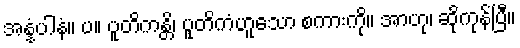
အန္နံပါနံ။ ပ။ ပူတိကန္တိ၊ ပူတိကံဟူသော စကားကို။ အာဟု၊ ဆိုကုန်ပြီ။